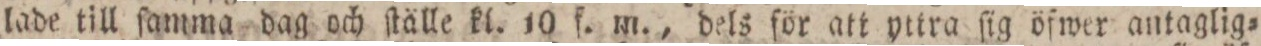
lade till ſamma dag och ſtälle kl. 10 f. m., dels för att yttra ſig öfwer antaglig=